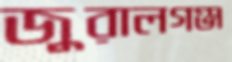
জুরালগঞ্জ